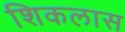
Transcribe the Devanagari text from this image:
शिकलास